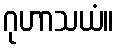
ဂုဟာသယံ။